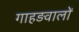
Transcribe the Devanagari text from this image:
गाहड़वालों